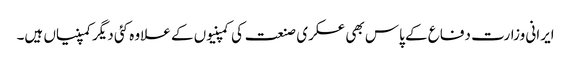
ایرانی وزارت دفاع کے پاس بھی عسکری صنعت کی کمپنیوں کے علاوہ کئی دیگر کمپنیاں ہیں۔